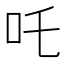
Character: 吒